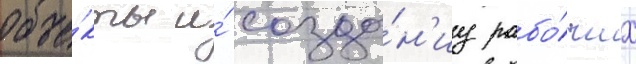
объе́кты и́ созда́н'иу рабо́чих